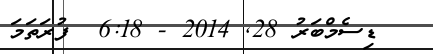
ޑިސެމްބަރު 28